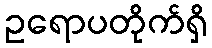
ဥရောပတိုက်ရှိ